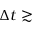
\Delta t \gtrsim